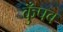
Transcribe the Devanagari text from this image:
कुँपव